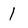
Character: 1